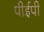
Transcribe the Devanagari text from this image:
पीईपी